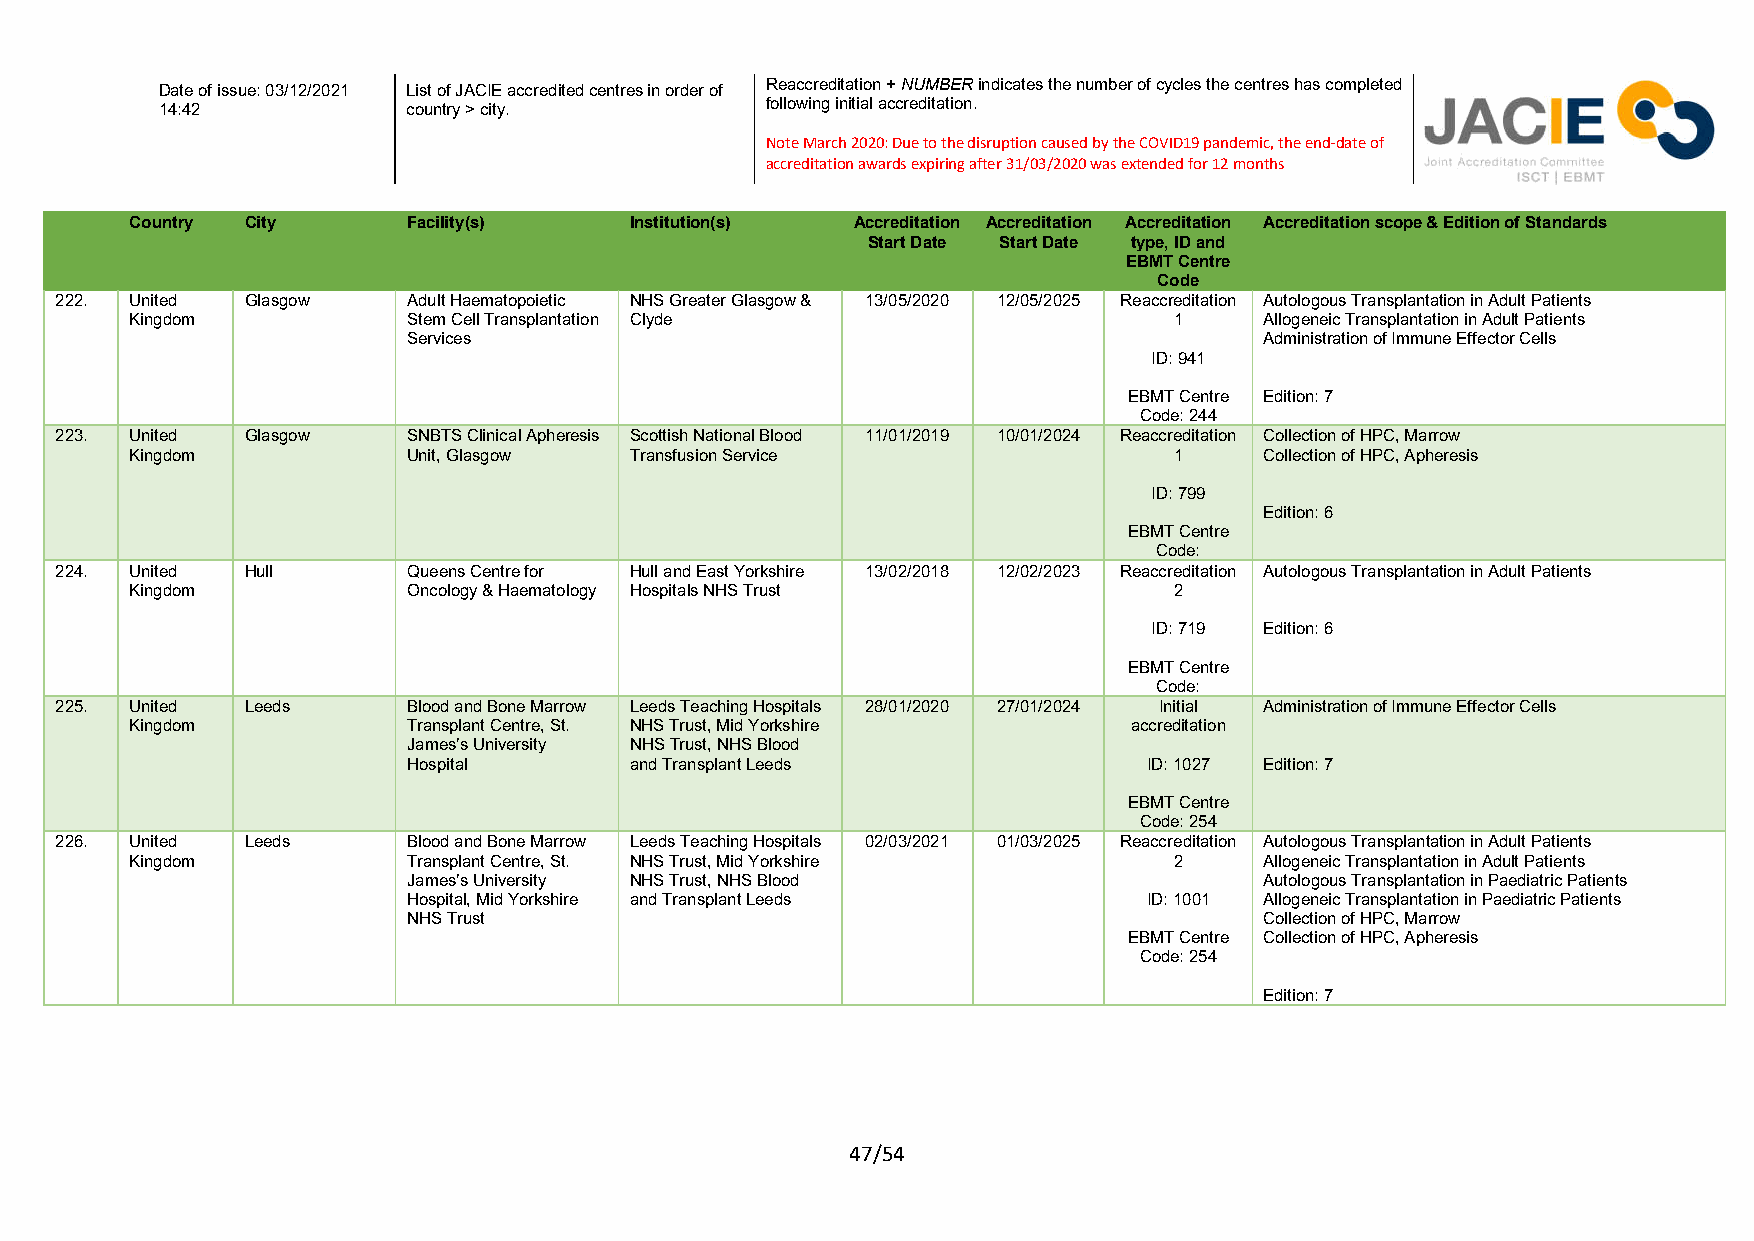
Reaccreditation + NUMBER indicates the number of cycles the centres has completed
 Date of issue: 03/12/2021 List of JACIE accredited centres in order of
 following initial accreditation.
 14:42           country > city.
 Note March 2020: Due to the disruption caused by the COVID19 pandemic, the end-date of
 accreditation awards expiring after 31/03/2020 was extended for 12 months
 Country City      Facility(s)    Institution(s) Accreditation Accreditation Accreditation Accreditation scope & Edition of Standards
 Start Date Start Date type, ID and
 EBMT Centre
 Code
 222. United Glasgow    Adult Haematopoietic NHS Greater Glasgow & 13/05/2020 12/05/2025 Reaccreditation Autologous Transplantation in Adult Patients
 Kingdom           Stem Cell Transplantation Clyde                    1     Allogeneic Transplantation in Adult Patients
 Services                                                 Administration of Immune Effector Cells
 ID: 941
 EBMT Centre Edition: 7
 Code: 244
 223. United Glasgow    SNBTS Clinical Apheresis Scottish National Blood 11/01/2019 10/01/2024 Reaccreditation Collection of HPC, Marrow
 Kingdom           Unit, Glasgow  Transfusion Service                 1     Collection of HPC, Apheresis
 ID: 799
 Edition: 6
 EBMT Centre
 Code:
 224. United Hull       Queens Centre for Hull and East Yorkshire 13/02/2018 12/02/2023 Reaccreditation Autologous Transplantation in Adult Patients
 Kingdom           Oncology & Haematology Hospitals NHS Trust         2
 ID: 719 Edition: 6
 EBMT Centre
 Code:
 225. United Leeds      Blood and Bone Marrow Leeds Teaching Hospitals 28/01/2020 27/01/2024 Initial Administration of Immune Effector Cells
 Kingdom           Transplant Centre, St. NHS Trust, Mid Yorkshire accreditation
 James’s University NHS Trust, NHS Blood
 Hospital       and Transplant Leeds              ID: 1027 Edition: 7
 EBMT Centre
 Code: 254
 226. United Leeds      Blood and Bone Marrow Leeds Teaching Hospitals 02/03/2021 01/03/2025 Reaccreditation Autologous Transplantation in Adult Patients
 Kingdom           Transplant Centre, St. NHS Trust, Mid Yorkshire    2     Allogeneic Transplantation in Adult Patients
 James’s University NHS Trust, NHS Blood                  Autologous Transplantation in Paediatric Patients
 Hospital, Mid Yorkshire and Transplant Leeds     ID: 1001 Allogeneic Transplantation in Paediatric Patients
 NHS Trust                                                Collection of HPC, Marrow
 EBMT Centre Collection of HPC, Apheresis
 Code: 254
 Edition: 7
 47/54